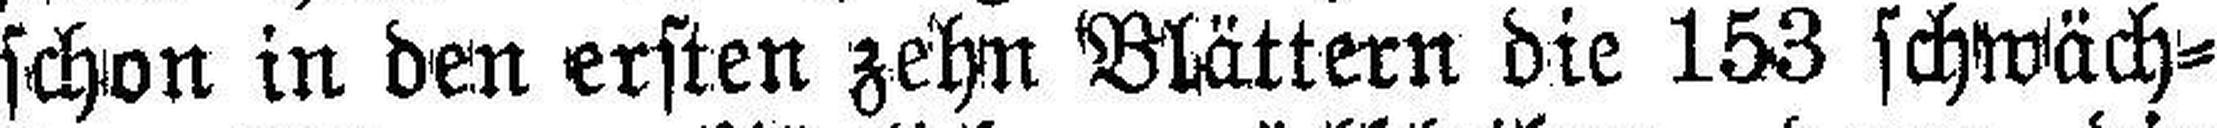
schon in den ersten zehn Blättern die 153 schwäch¬